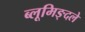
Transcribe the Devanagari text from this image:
ब्लूमिङ्दले